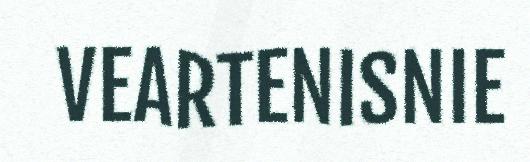
VEARTENISNIE